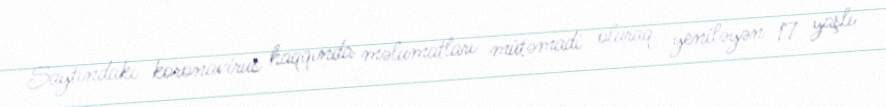
Saytındakı koronavirus haqqında məlumatları mütəmadi olaraq yeniləyən 17 yaşlı